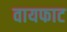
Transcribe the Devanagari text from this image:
वायफाट